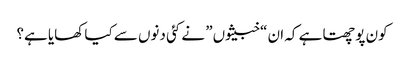
کون پوچھتا ہے کہ ان “خبیثوں” نے کئی دنوں سے کیا کھایا ہے؟